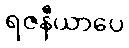
ရဇနီယာပေ